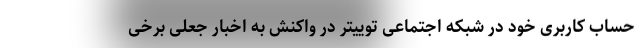
حساب کاربری خود در شبکه اجتماعی توییتر در واکنش به اخبار جعلی برخی